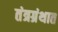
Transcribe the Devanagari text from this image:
तंत्रग्रंथात